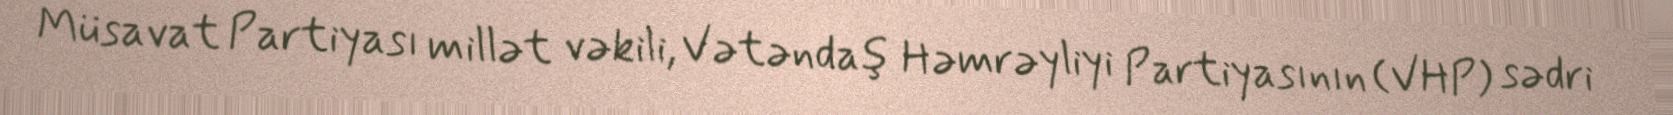
Müsavat Partiyası millət vəkili, Vətəndaş Həmrəyliyi Partiyasının (VHP) sədri